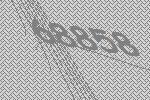
68858